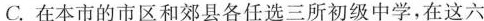
C.在本市的市区和郊县各任选三所初级中学，在这六